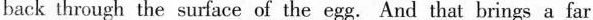
back through the surface of the egg.And that brings a far